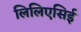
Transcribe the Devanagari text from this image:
लिलिएसिई